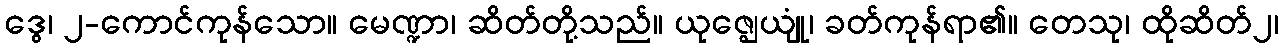
ဒွေ၊ ၂-ကောင်ကုန်သော။ မေဏ္ဍာ၊ ဆိတ်တို့သည်။ ယုဇ္ဈေယျုံ၊ ခတ်ကုန်ရာ၏။ တေသု၊ ထိုဆိတ်၂၊